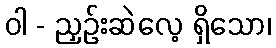
ဝါ - ညှဉ်းဆဲလေ့ ရှိသော၊